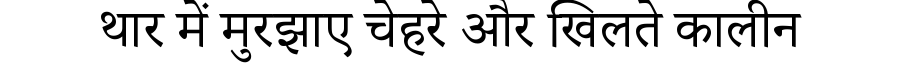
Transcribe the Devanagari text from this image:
थार में मुरझाए चेहरे और खिलते कालीन